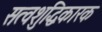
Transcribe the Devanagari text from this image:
सत्वशुद्धिकारक